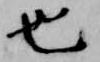
也